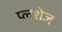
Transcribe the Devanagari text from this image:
प्लशेज